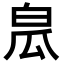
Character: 𤽡